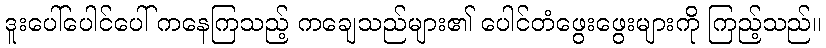
ဒူးပေါ်ပေါင်ပေါ် ကနေကြသည့် ကချေသည်များ၏ ပေါင်တံဖွေးဖွေးများကို ကြည့်သည်။